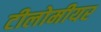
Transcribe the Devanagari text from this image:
टीलोमीयर